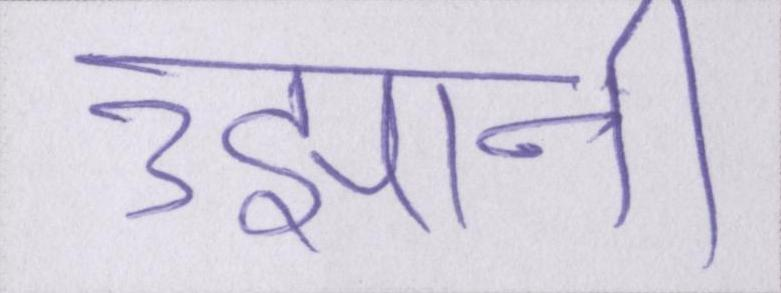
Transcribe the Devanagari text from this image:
उझानी